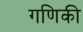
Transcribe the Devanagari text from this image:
गणिकी